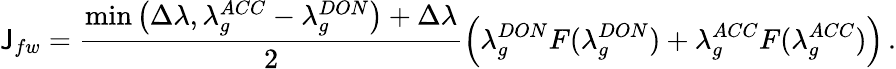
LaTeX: \mathsf{J}_{fw}=\frac{{\operatorname*{min}\left(\Delta\lambda,\lambda_{g}^{ACC}-\lambda_{g}^{DON}\right)+\Delta\lambda}}{{2}}\left(\lambda_{g}^{DON}F(\lambda_{g}^{DON})+\lambda_{g}^{ACC}F(\lambda_{g}^{ACC})\right)\, .